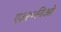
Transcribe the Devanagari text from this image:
ए३२०निओ